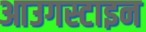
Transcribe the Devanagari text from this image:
आउगस्टाइन